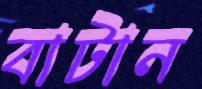
বাটান